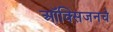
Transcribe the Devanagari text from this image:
ऑक्‍सिजनचे